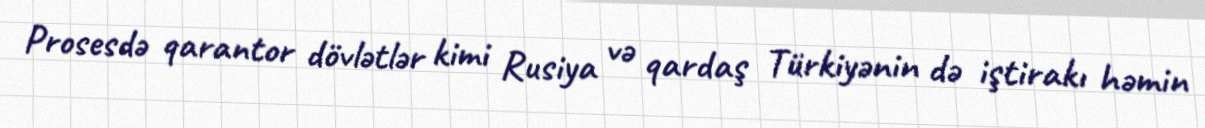
Prosesdə qarantor dövlətlər kimi Rusiya və qardaş Türkiyənin də iştirakı həmin